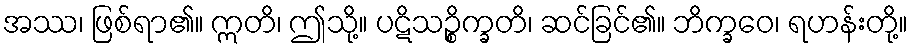
အဿ၊ ဖြစ်ရာ၏။ ဣတိ၊ ဤသို့။ ပဋိသဉ္စိက္ခတိ၊ ဆင်ခြင်၏။ ဘိက္ခဝေ၊ ရဟန်းတို့။